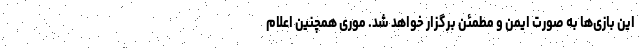
این بازی‌ها به صورت ایمن و مطمئن برگزار خواهد شد. موری همچنین اعلام